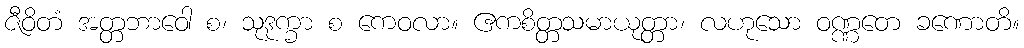
ဇီဝိတံ အတ္တဘာဝေါ စ၊ သုဒုက္ခာ စ ကေဝလာ။ ဧကစိတ္တသမာယုတ္တာ၊ လဟုသော ဝဏ္ဏတေ ခဏောတိ။